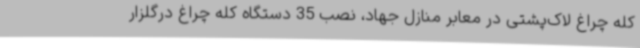
کله چراغ لاک‌پشتی در معابر منازل جهاد، نصب 35 دستگاه کله چراغ درگلزار